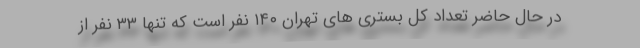
در حال حاضر تعداد کل بستری های تهران ۱۴٠ نفر است که تنها ۳۳ نفر از